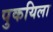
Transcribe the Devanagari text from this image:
पुकयिला